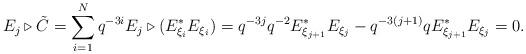
LaTeX: \begin{align*}E_{j} \triangleright \tilde{C}= \sum_{i = 1}^{N} q^{-3i} E_{j} \triangleright (E_{\xi_{i}}^{*} E_{\xi_{i}})= q^{-3j} q^{-2} E_{\xi_{j + 1}}^{*} E_{\xi_{j}} - q^{-3(j + 1)} q E_{\xi_{j + 1}}^{*} E_{\xi_{j}} = 0.\end{align*}